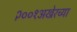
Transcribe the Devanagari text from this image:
२००१अखेरच्या